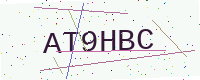
Text: AT9HBC